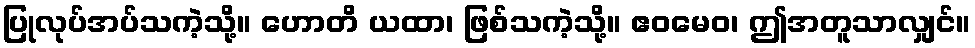
ပြုလုပ်အပ်သကဲ့သို့။ ဟောတိ ယထာ၊ ဖြစ်သကဲ့သို့။ ဧဝမေဝ၊ ဤအတူသာလျှင်။